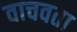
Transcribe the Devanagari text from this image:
वाचवता